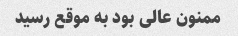
ممنون عالی بود به موقع رسید